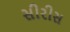
સીરીસ